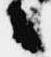
々